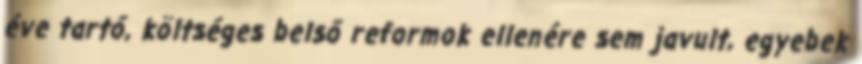
éve tartó, költséges belső reformok ellenére sem javult, egyebek